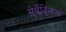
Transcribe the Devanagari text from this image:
स़ेर्बेद्ज़िजा